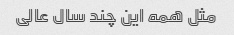
مثل همه این چند سال عالی